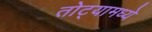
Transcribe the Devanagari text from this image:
तोट्यामध्ये